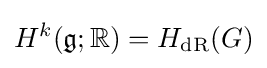
H^{k}({\mathfrak {g}};\mathbb {R} )=H_{\text{dR}}(G)